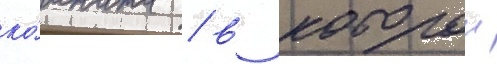
ко́мната / в которои